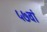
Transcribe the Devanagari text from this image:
५७वां